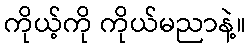
ကိုယ့်ကို ကိုယ်မညာနဲ့။